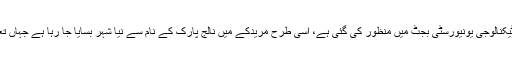
سیالکوٹ میں انٹر نیشنل ٹیکنالوجی یونیورسٹی بجٹ میں منظور کی گئی ہے، اسی طرح مریدکے میں نالج پارک کے نام سے نیا شہر بسایا جا رہا ہے جہاں تعلیمی ادارے قائم ہوں گے۔